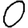
Digit: 0